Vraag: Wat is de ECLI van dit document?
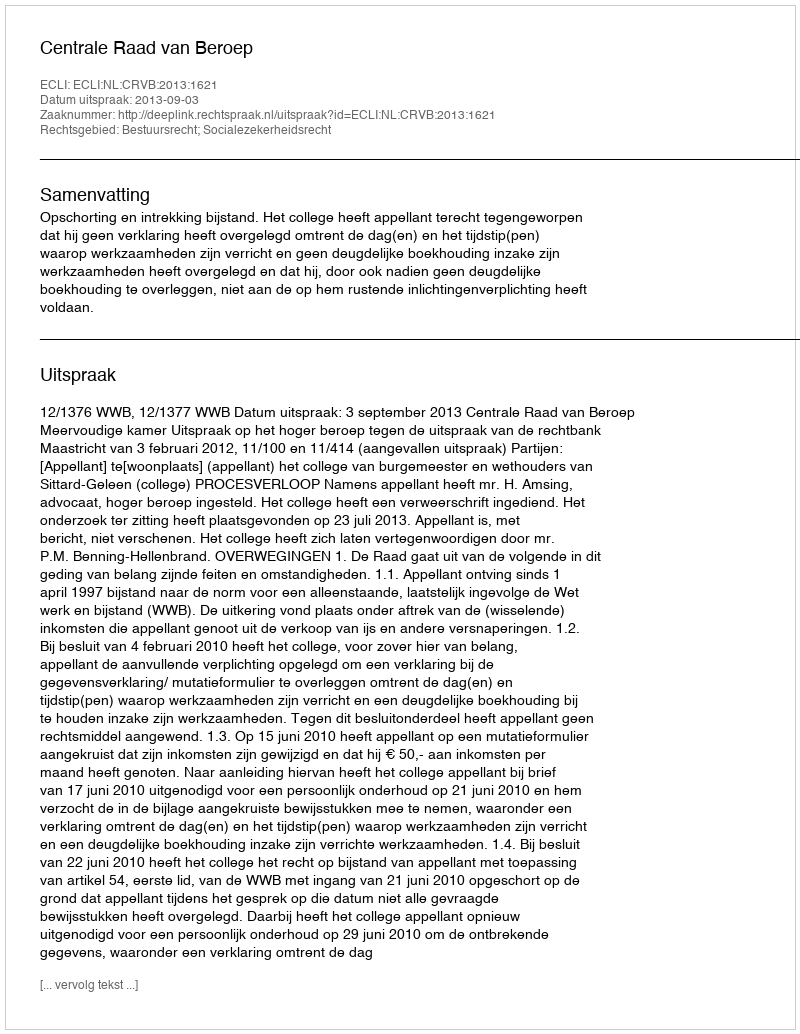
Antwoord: ECLI:NL:CRVB:2013:1621